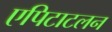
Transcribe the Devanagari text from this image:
एपिटाटलन